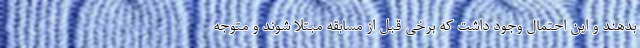
بدهند و این احتمال وجود داشت که برخی قبل از مسابقه مبتلا شوند و متوجه